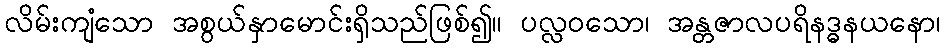
လိမ်းကျံသော အစွယ်နှာမောင်းရှိသည်ဖြစ်၍။ ပလ္လဝသော၊ အန္တဇာလပရိနဒ္ဓနယနော၊